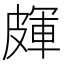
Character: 皹